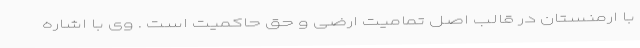
با ارمنستان در قالب اصل تمامیت ارضی و حق حاکمیت است . وی با اشاره